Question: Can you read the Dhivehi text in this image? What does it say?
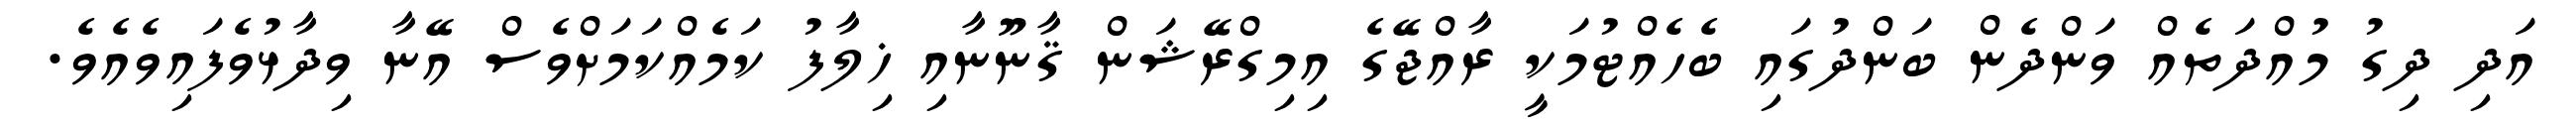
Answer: އަދި ދިގު މުއްދަތެއް ވަންދެން ބަންދުގައި ބެހެއްޓުމަކީ ރާއްޖޭގެ އިމިގްރޭޝަން ޤާނޫނާއި ޚިލާފު ކަމެއްކަމަށްވެސް އޭނާ ވިދާޅުވެފައިވެއެވެ.